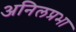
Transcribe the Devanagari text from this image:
अनिलप्रभा